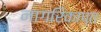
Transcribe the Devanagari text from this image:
नागरिकाप्त